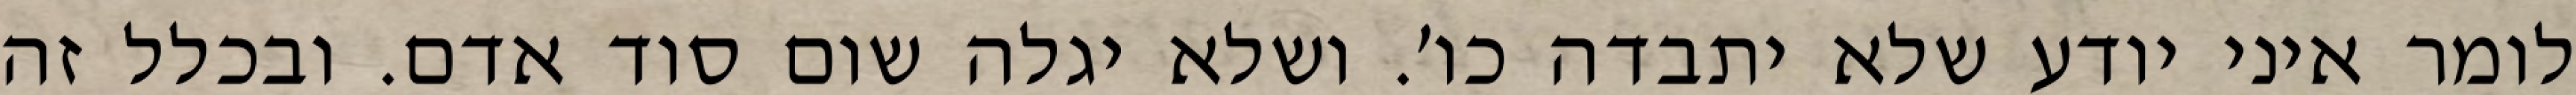
לומר איני יודע שלא יתבדה כו׳. ושלא יגלה שום סוד אדם. ובכלל זה